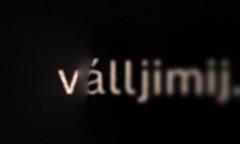
válljimij.